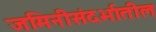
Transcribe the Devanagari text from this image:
जमिनीसंदर्भातील